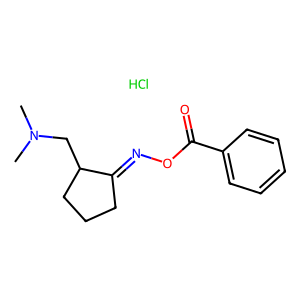
SMILES: CN(C)CC1CCCC1=NOC(=O)c1ccccc1.Cl
Inhibits HIV replication: No